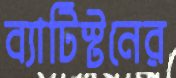
ব্যাটিস্টনের